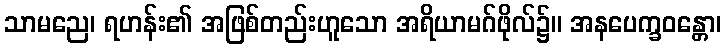
သာမညေ၊ ရဟန်း၏ အဖြစ်တည်းဟူသော အရိယာမဂ်ဖိုလ်၌။ အနပေက္ခဝန္တော၊